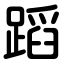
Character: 蹈